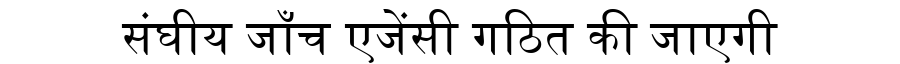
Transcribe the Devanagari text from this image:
संघीय जाँच एजेंसी गठित की जाएगी